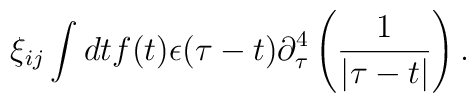
\xi_{ij} \int dt f(t) \epsilon(\tau - t) \partial_{\tau}^4 \left({1\over |\tau - t|} \right).